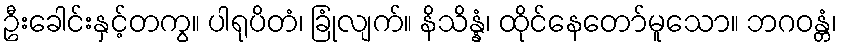
ဦးခေါင်းနှင့်တကွ။ ပါရုပိတံ၊ ခြုံလျက်။ နိသိန္နံ၊ ထိုင်နေတော်မူသော။ ဘဂဝန္တံ၊